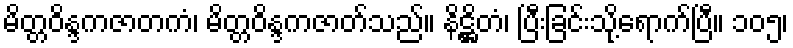
မိတ္တဝိန္ဒကဇာတကံ၊ မိတ္တဝိန္ဒကဇာတ်သည်။ နိဋ္ဌိတံ၊ ပြီးခြင်းသို့ရောက်ပြီ။ ၁၀၅၊